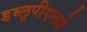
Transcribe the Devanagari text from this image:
डब्लूपीएलजे